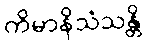
ကိမာနိသံသန္တိ